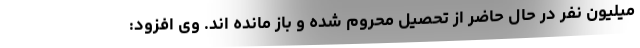
میلیون نفر در حال حاضر از تحصیل محروم شده و باز مانده اند. وی افزود: